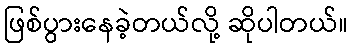
ဖြစ်ပွားနေခဲ့တယ်လို့ ဆိုပါတယ်။